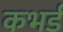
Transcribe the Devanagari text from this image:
कभर्ड